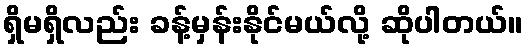
ရှိမရှိလည်း ခန့်မှန်းနိုင်မယ်လို့ ဆိုပါတယ်။